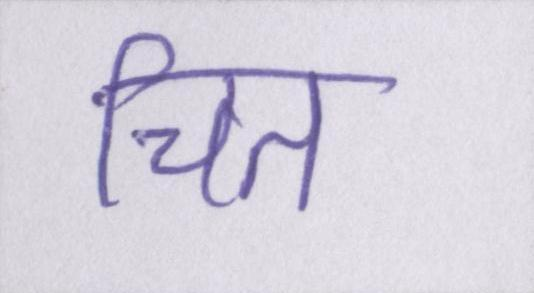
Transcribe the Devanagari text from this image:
चित